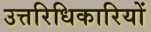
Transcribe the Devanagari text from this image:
उत्तरिधिकारियों